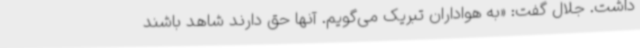
داشت. جلال گفت: «به هواداران تبریک می‌گویم. آنها حق دارند شاهد باشند